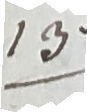
13.